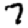
Digit: 7